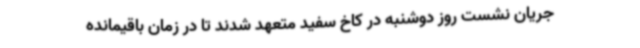
جریان نشست روز دوشنبه در کاخ سفید متعهد شدند تا در زمان باقیمانده